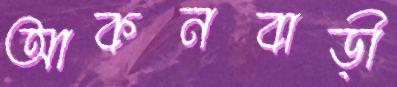
আকনবাড়ী